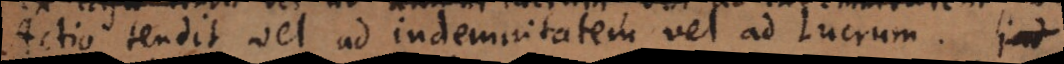
vel tendit vel ad indemnitatem vel ad lucrum. Ind